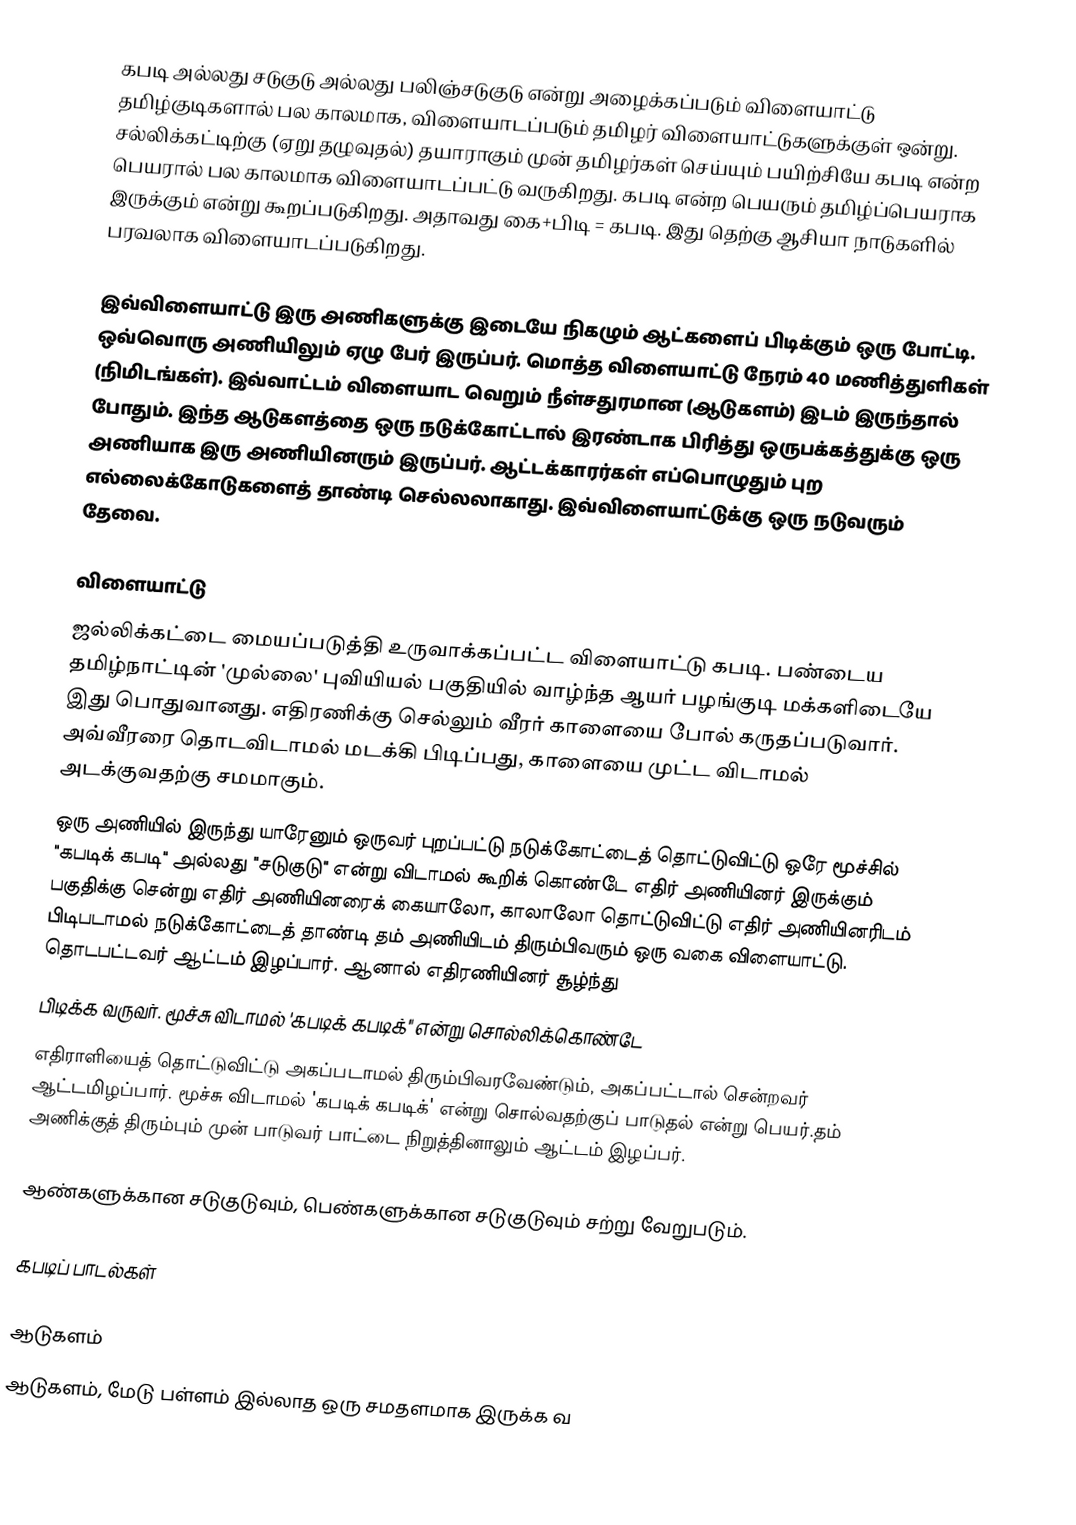
கபடி அல்லது சடுகுடு அல்லது பலிஞ்சடுகுடு என்று அழைக்கப்படும் விளையாட்டு தமிழ்குடிகளால்  பல காலமாக, விளையாடப்படும் தமிழர் விளையாட்டுகளுக்குள் ஒன்று. சல்லிக்கட்டிற்கு (ஏறு தழுவுதல்) தயாராகும் முன் தமிழர்கள் செய்யும்  பயிற்சியே கபடி என்ற பெயரால் பல காலமாக விளையாடப்பட்டு வருகிறது. கபடி என்ற பெயரும் தமிழ்ப்பெயராக இருக்கும் என்று கூறப்படுகிறது. அதாவது கை+பிடி = கபடி. இது தெற்கு ஆசியா நாடுகளில் பரவலாக விளையாடப்படுகிறது.

இவ்விளையாட்டு இரு அணிகளுக்கு இடையே நிகழும் ஆட்களைப் பிடிக்கும் ஒரு போட்டி. ஒவ்வொரு அணியிலும் ஏழு பேர் இருப்பர். மொத்த விளையாட்டு நேரம் 40 மணித்துளிகள் (நிமிடங்கள்). இவ்வாட்டம் விளையாட வெறும் நீள்சதுரமான (ஆடுகளம்) இடம் இருந்தால் போதும். இந்த ஆடுகளத்தை ஒரு நடுக்கோட்டால்  இரண்டாக பிரித்து ஒருபக்கத்துக்கு ஒரு அணியாக இரு அணியினரும் இருப்பர். ஆட்டக்காரர்கள் எப்பொழுதும் புற எல்லைக்கோடுகளைத் தாண்டி செல்லலாகாது.  இவ்விளையாட்டுக்கு ஒரு நடுவரும் தேவை.

விளையாட்டு
ஜல்லிக்கட்டை மையப்படுத்தி உருவாக்கப்பட்ட விளையாட்டு கபடி. பண்டைய தமிழ்நாட்டின் 'முல்லை' புவியியல் பகுதியில் வாழ்ந்த ஆயர் பழங்குடி மக்களிடையே இது பொதுவானது. எதிரணிக்கு செல்லும் வீரர் காளையை போல் கருதப்படுவார். அவ்வீரரை தொடவிடாமல் மடக்கி பிடிப்பது, காளையை முட்ட விடாமல் அடக்குவதற்கு சமமாகும்.
ஒரு அணியில் இருந்து யாரேனும் ஒருவர் புறப்பட்டு நடுக்கோட்டைத் தொட்டுவிட்டு ஒரே மூச்சில் "கபடிக் கபடி" அல்லது "சடுகுடு" என்று விடாமல் கூறிக் கொண்டே எதிர் அணியினர் இருக்கும் பகுதிக்கு சென்று எதிர் அணியினரைக் கையாலோ, காலாலோ தொட்டுவிட்டு எதிர் அணியினரிடம் பிடிபடாமல் நடுக்கோட்டைத் தாண்டி தம் அணியிடம் திரும்பிவரும் ஒரு வகை விளையாட்டு. தொடபட்டவர் ஆட்டம் இழப்பார். ஆனால் எதிரணியினர் சூழ்ந்து
பிடிக்க வருவர். மூச்சு விடாமல் 'கபடிக் கபடிக்" என்று சொல்லிக்கொண்டே
எதிராளியைத் தொட்டுவிட்டு அகப்படாமல் திரும்பிவரவேண்டும்,  அகப்பட்டால் சென்றவர் ஆட்டமிழப்பார்.  மூச்சு விடாமல் 'கபடிக் கபடிக்' என்று சொல்வதற்குப் பாடுதல் என்று பெயர்.தம் அணிக்குத் திரும்பும் முன் பாடுவர் பாட்டை நிறுத்தினாலும் ஆட்டம் இழப்பர்.

ஆண்களுக்கான சடுகுடுவும், பெண்களுக்கான சடுகுடுவும் சற்று வேறுபடும்.

கபடிப் பாடல்கள்

ஆடுகளம்
ஆடுகளம், மேடு பள்ளம் இல்லாத ஒரு சமதளமாக இருக்க வ